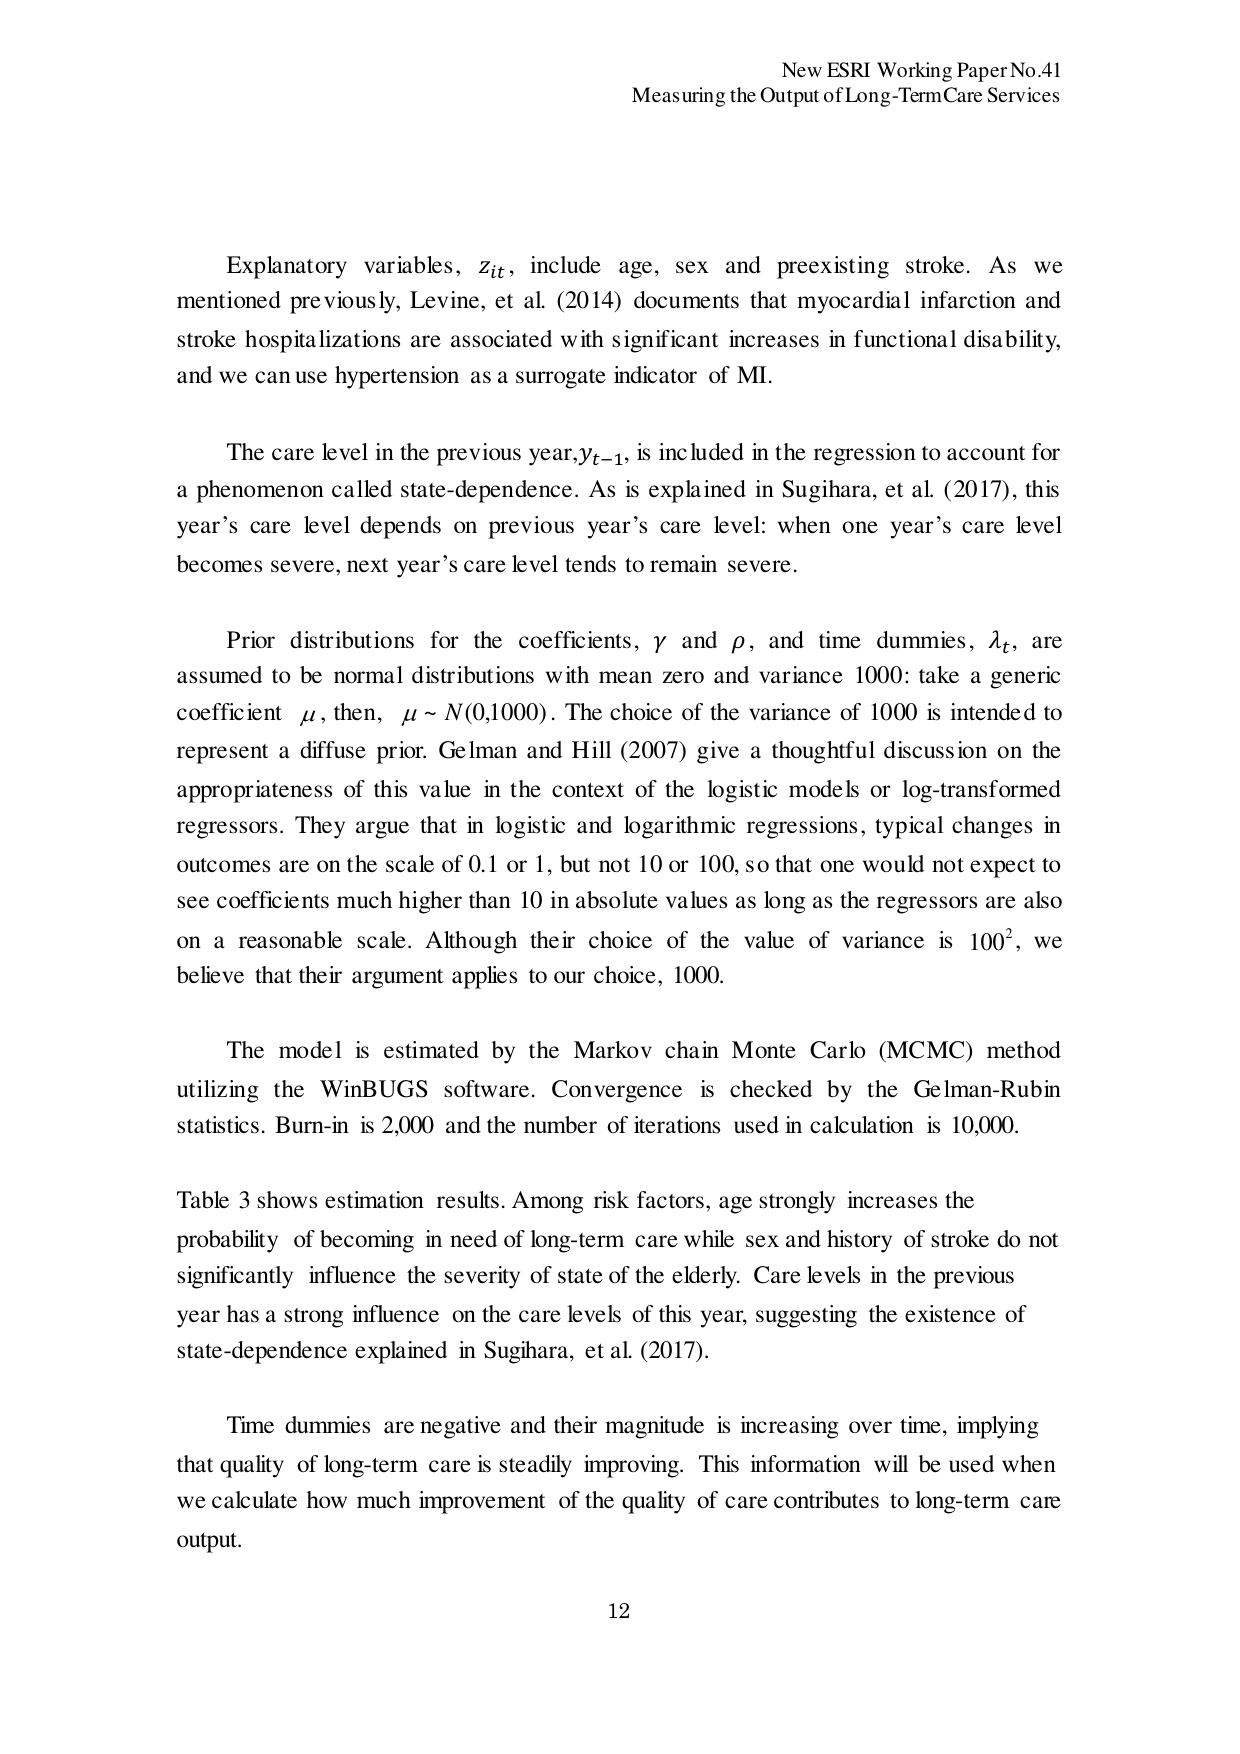
New ESRI Working Paper No.41
Measuring the Output of Long-Term Care Services

Explanatory variables, z_it, include age, sex and preexisting stroke. As we mentioned previously, Levine, et al. (2014) documents that myocardial infarction and stroke hospitalizations are associated with significant increases in functional disability, and we can use hypertension as a surrogate indicator of MI.

The care level in the previous year, y_{t-1}, is included in the regression to account for a phenomenon called state-dependence. As is explained in Sugihara, et al. (2017), this year’s care level depends on previous year’s care level: when one year’s care level becomes severe, next year’s care level tends to remain severe.

Prior distributions for the coefficients, γ and ρ, and time dummies, λ_t, are assumed to be normal distributions with mean zero and variance 1000: take a generic coefficient μ, then, μ ~ N(0,1000). The choice of the variance of 1000 is intended to represent a diffuse prior. Gelman and Hill (2007) give a thoughtful discussion on the appropriateness of this value in the context of the logistic models or log-transformed regressors. They argue that in logistic and logarithmic regressions, typical changes in outcomes are on the scale of 0.1 or 1, but not 10 or 100, so that one would not expect to see coefficients much higher than 10 in absolute values as long as the regressors are also on a reasonable scale. Although their choice of the value of variance is 100², we believe that their argument applies to our choice, 1000.

The model is estimated by the Markov chain Monte Carlo (MCMC) method utilizing the WinBUGS software. Convergence is checked by the Gelman-Rubin statistics. Burn-in is 2,000 and the number of iterations used in calculation is 10,000.

Table 3 shows estimation results. Among risk factors, age strongly increases the probability of becoming in need of long-term care while sex and history of stroke do not significantly influence the severity of state of the elderly. Care levels in the previous year has a strong influence on the care levels of this year, suggesting the existence of state-dependence explained in Sugihara, et al. (2017).

Time dummies are negative and their magnitude is increasing over time, implying that quality of long-term care is steadily improving. This information will be used when we calculate how much improvement of the quality of care contributes to long-term care output.

12